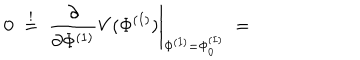
0 \; \stackrel { ! } { = } \; \frac { \partial } { \partial \Phi ^ { ( 1 ) } } V ( \Phi ^ { ( I ) } ) \Bigg | _ { \Phi ^ { ( I ) } = \Phi _ { 0 } ^ { ( I ) } } \; =